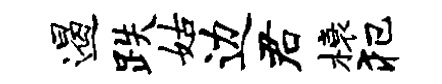
遏跌姑边君榱犯